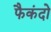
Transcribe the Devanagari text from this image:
फैकंदो